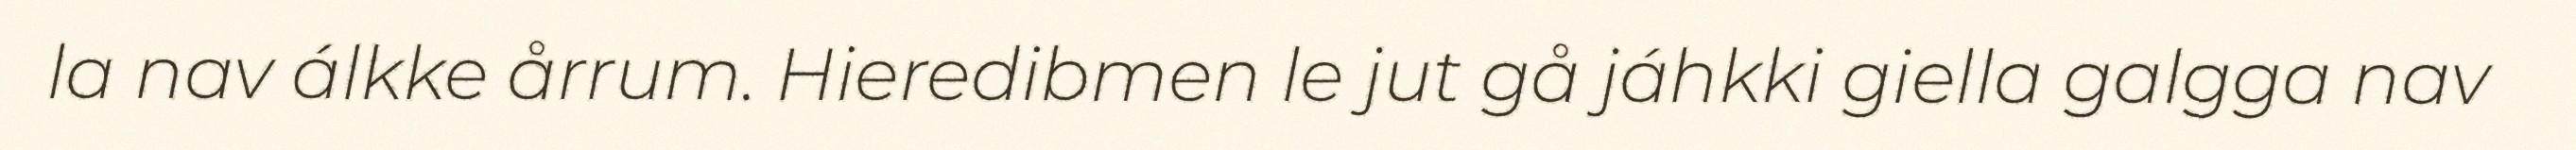
la nav álkke årrum. Hieredibmen le jut gå jáhkki giella galgga nav